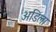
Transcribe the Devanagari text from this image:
अडिला